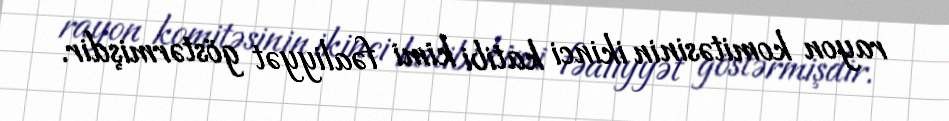
rayon komitəsinin ikinci katibi kimi fəaliyyət göstərmişdir.